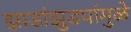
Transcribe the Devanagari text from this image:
झाडांझुडपांमुळे